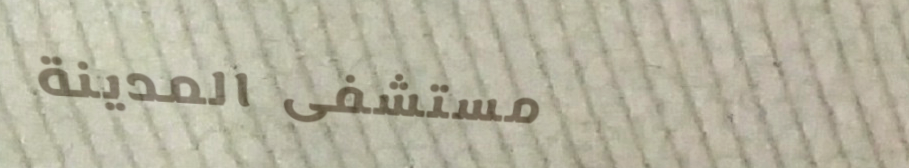
مستشفى المدينة